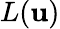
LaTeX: L(\mathbf{u})